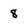
Character: 8